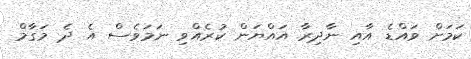
ކަމަށް ވައްޑެ އާއި ނާދިރާ އައްޔަން ކުރެއްވި ނަމަވެސް އެ ދެ މަގާމް